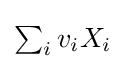
{\textstyle \sum _{i}v_{i}X_{i}}